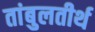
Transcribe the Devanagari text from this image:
तांबुलतीर्थ